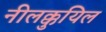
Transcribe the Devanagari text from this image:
नीलक्कुयिल